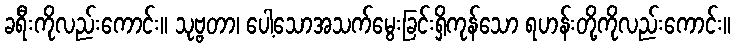
ခရီးကိုလည်းကောင်း။ သုဗ္ဗတာ၊ ပေါ့သောအသက်မွေးခြင်းရှိကုန်သော ရဟန်းတို့ကိုလည်းကောင်း။